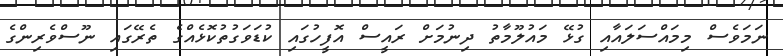
ނަމަވެސް މިމައްސަލައާއި ގުޅޭ މައުލޫމާތު ދިނުމަށް ރައީސް އޮފީހުގައި ކުޑަވަގުތުކޮޅެއްގެ ތެރޭގައި ނޫސްވެރިންގެ